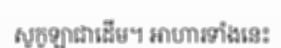
សូកូឡាជាដើម។ អាហារទាំងនេះ